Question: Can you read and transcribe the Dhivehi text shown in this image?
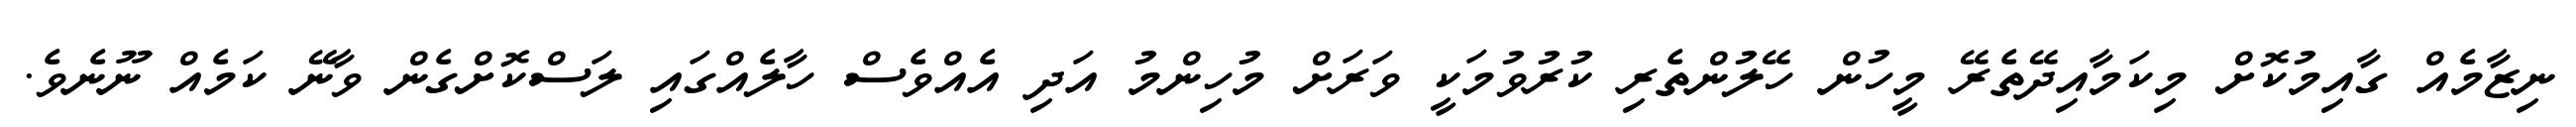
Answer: ނިޒާމެއް ގާއިމުކޮށް މިކަމާއިދޭތެރޭ މީހުން ހޭލުންތެރި ކުރުވުމަކީ ވަރަށް މުހިންމު އަދި އެއްވެސް ހާލެއްގައި ލަސްކޮށްގެން ވާނޭ ކަމެއް ނޫނެވެ.